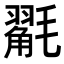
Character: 𭯩